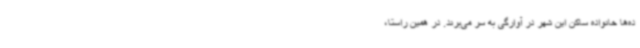
ده‌ها خانواده ساکن این شهر در آوارگی به سر می‌برند. در همین راستا،